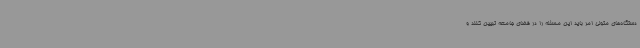
دستگاه‌های متولی امر باید این مسئله را در فضای جامعه تبیین کنند و